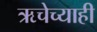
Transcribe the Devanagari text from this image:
ऋचेच्याही